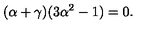
( \alpha + \gamma ) ( 3 \alpha ^ { 2 } - 1 ) = 0 .